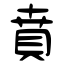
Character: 賁